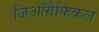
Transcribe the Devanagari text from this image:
जिऑग्रैफिकल